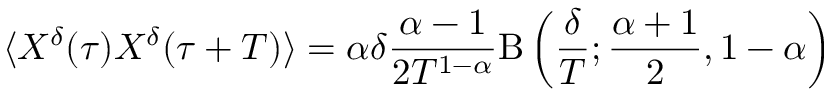
\langle X ^ { \delta } ( \tau ) X ^ { \delta } ( \tau + T ) \rangle = \alpha \delta \frac { \alpha - 1 } { 2 T ^ { 1 - \alpha } } \mathrm { B } \left( \frac { \delta } { T } ; \frac { \alpha + 1 } { 2 } , 1 - \alpha \right)